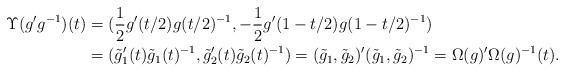
LaTeX: \begin{align*}\Upsilon(g'g^{-1})(t)&= (\frac{1}{2} g'(t/2)g(t/2)^{-1}, - \frac{1}{2} g'(1 - t/2)g(1 -t/2)^{-1})\\&=(\tilde{g}_1'(t) \tilde{g}_1(t)^{-1}, \tilde{g}_2'(t) \tilde{g}_2(t)^{-1})=(\tilde{g}_1, \tilde{g}_2)' (\tilde{g}_1, \tilde{g}_2)^{-1}=\Omega(g)' \Omega(g)^{-1}(t).\end{align*}